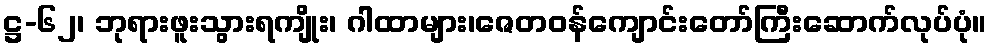
ဋ္ဌ-၆၂၊ ဘုရားဖူးသွားရကျိုး၊ ဂါထာများ၊ဇေတဝန်ကျောင်းတော်ကြီးဆောက်လုပ်ပုံ။